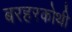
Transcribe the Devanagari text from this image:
बरहरकोथी